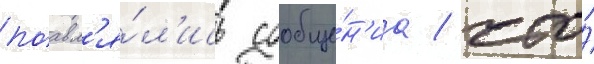
поавл'я́л'ись сообще́н'иа / что́